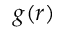
g ( r )